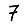
Digit: 7